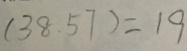
( 3 8 . 5 7 ) = 1 9